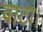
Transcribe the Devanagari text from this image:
वाटा।